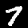
Label: 7